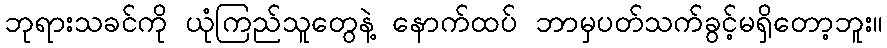
ဘုရားသခင်ကို ယုံကြည်သူတွေနဲ့ နောက်ထပ် ဘာမှပတ်သက်ခွင့်မရှိတော့ဘူး။